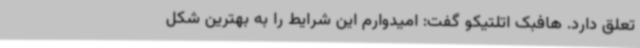
تعلق دارد. هافبک اتلتیکو گفت: امیدوارم این شرایط را به بهترین شکل